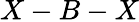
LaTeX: X-B-X